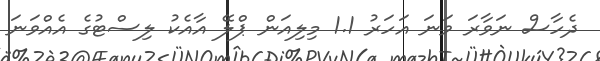
ދެހާސް ނަވާރަ ވަނަ އަހަރު 1.1 މިލިއަން ޕްލޭ އާއެކު ލިސްޓުގެ އެއްވަނަ